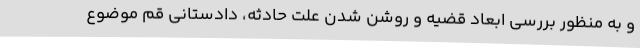
و به منظور بررسی ابعاد قضیه و روشن شدن علت حادثه، دادستانی قم موضوع